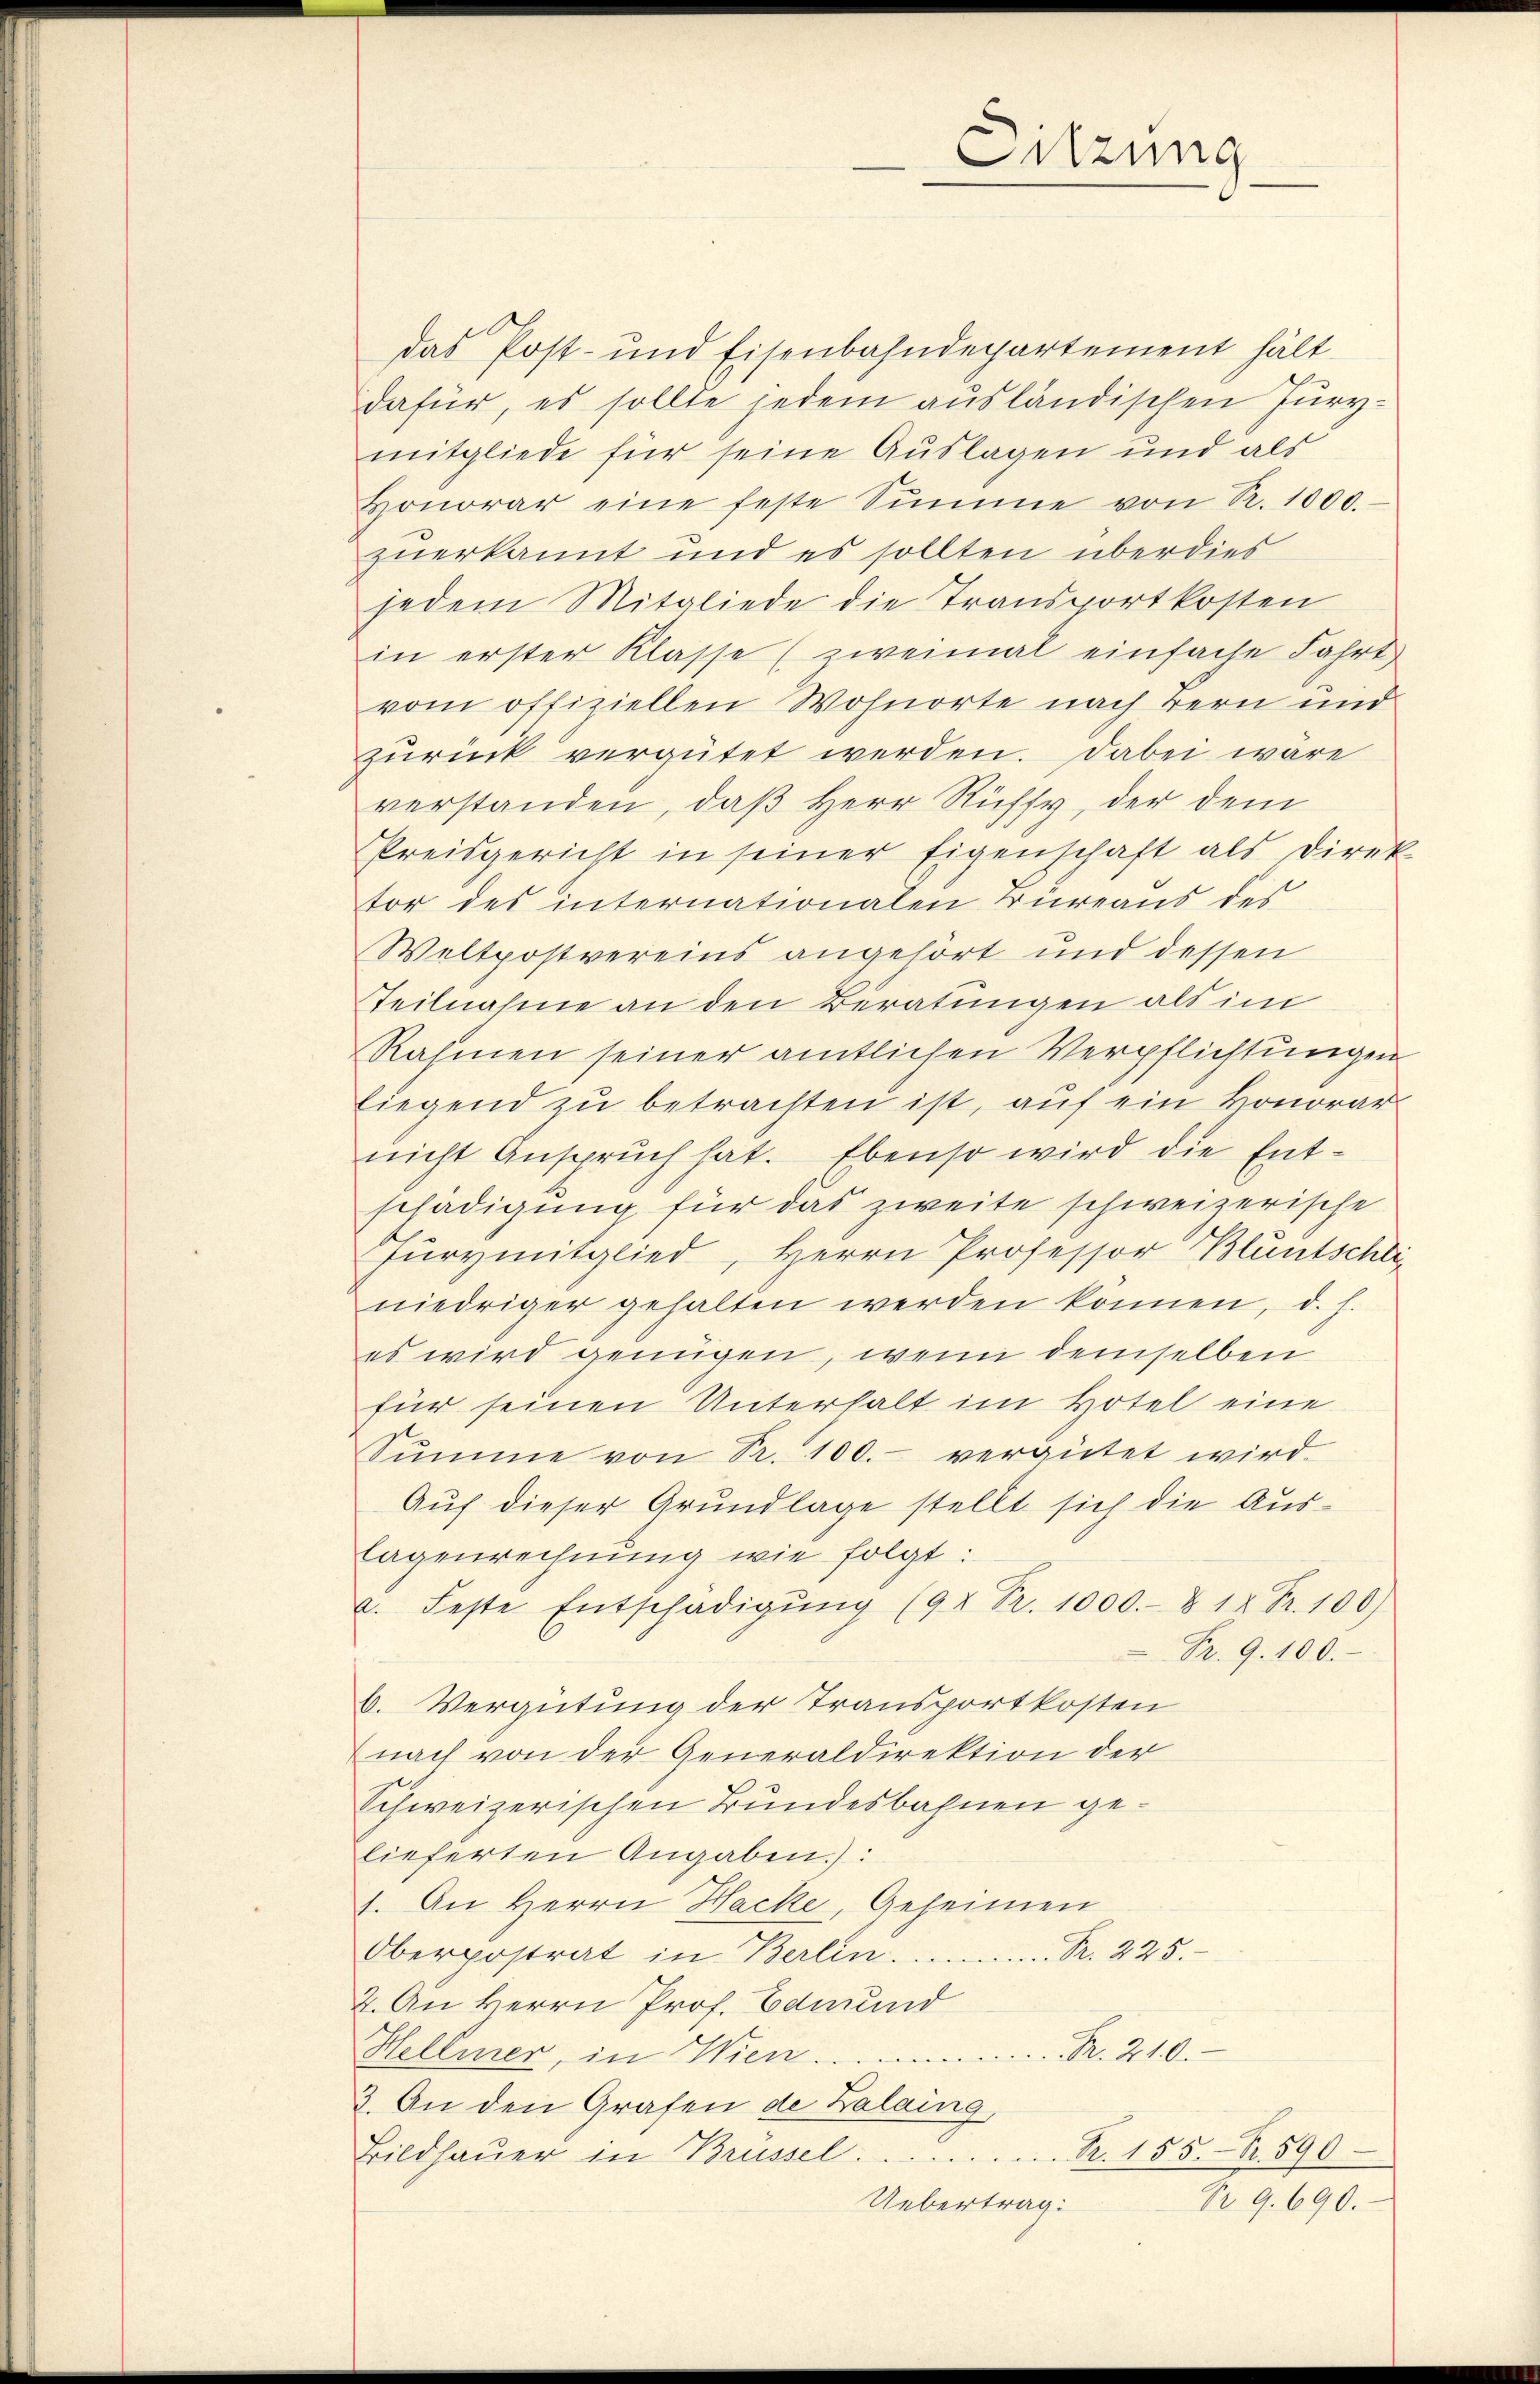
das Post- und Eisenbahndepartement hält
dafür, es sollte jedem ausländischen Jurymitgliede für seine Auslagen und als
Honorar eine feste Sŭmme von Nr. 1000.
zuerkannt und es sollten überdies
jedem Mitgliede die Transportkosten
in erster Klasse (zweimal einfache Fahrt
vom offiziellen Wohnorte nach Bern und
zurück vergütet werden. Dabei wäre
verstanden, daß Herr Ruffy, der dem
Preisgericht in seiner Eigenschaft als Direk
tor des internationalen Büreaus des
Weltpostvereins angehört und dessen
Teilnahme an den Beratungen als im
Rahmen seiner amtlichen Verpflichtungen
liegend zu betrachten ist, auf ein Honorar
nicht Anspruch hat. Ebenso wird die Entschädigung für das zweite schweizerische
Fürymitglied, Herrn Professor Bluntschliniedriger gehalten werden können, d. h.
es wird genügen, wenn demselben
für seinen Unterhalt im Hotel eine
Sŭmme von Pr. 100. vergütet wird.
Auf dieser Grundlage stellt sich die Auslagenrechnung wie folgt:
a. Feste Entschädigŭng (94 Pr. 1000.- § 12 Fr. 100)
Fr. 9. 100.
b. Vergütung der Transportkosten
nach von der Generaldirektion der
Schweizerischen Bundesbahnen gelieferten Angaben.):
1. An Herrn Hacke, Geheimen
Oberpostrat in Berlin .......... Pr. 225.
2. An Herrn Prof. Edwund
Hellmer, in Wien. R. 210.
3. An den Grafen de Zalaing,
Bildhaŭer in Brüssel. R. 155. S. 590
Nr. 9. 690.
Uebertrag:

Sitzung
.